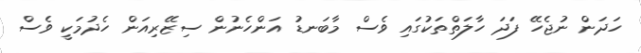
ހަދަން ނުޖެހޭ ފަދަ ހާލަތްތަކުގައި ވެސް މާބަނޑު އަންހެނުން ސިޒޭރިއަން ހެދުމަކީ ވެސް